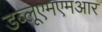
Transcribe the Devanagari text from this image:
डब्लूएमएमआर